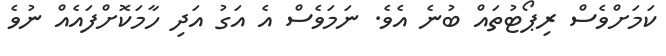
ކަމަށްވެސް ރިޕޯޓުތައް ބުނެ އެވެ. ނަމަވެސް އެ އަގު އަދި ހާމަކޮށްފައެއް ނުވެ